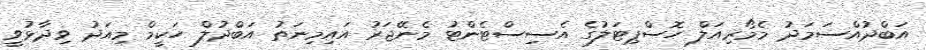
އަބްދުއްސަމަދު މެމޯރިއަލް ހޮސްޕިޓަލުގެ އެސިސްޓެންޓު މެނޭޖަރު އައިމިނަތު އަބްދުލް ހަކީމް މިއަދު ވިދާޅުވީ